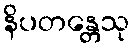
နိပတန္တေသု